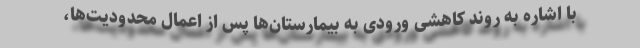
با اشاره به روند کاهشی ورودی به بیمارستان‌ها پس از اعمال محدودیت‌ها،